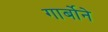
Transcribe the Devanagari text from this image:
गार्बोने